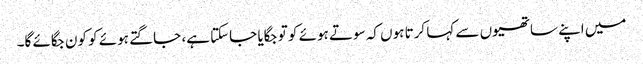
میں اپنے ساتھیوں سے کہا کرتا ہوں کہ سوتے ہوئے کو تو جگایا جاسکتا ہے، جاگتے ہوئے کو کون جگائے گا۔